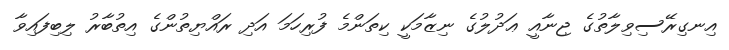
އިނގިރޭސިވިލާތުގެ ޖިނާއީ ޢަދުލުގެ ނިޒާމަކީ ކިތަންމެ ފުރިހަމަ އަދި ރައްޔިތުންގެ އިތުބާރު ލިބިފައިވާ